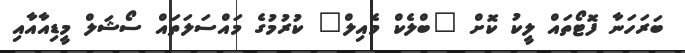
ބަރަހަނާ ފޮޓޯތައް ލީކު ކޮށް "ބްލެކް މެއިލް" ކުރުމުގެ މައްސަލަތައް ސޯޝަލް މީޑިއާއާއި